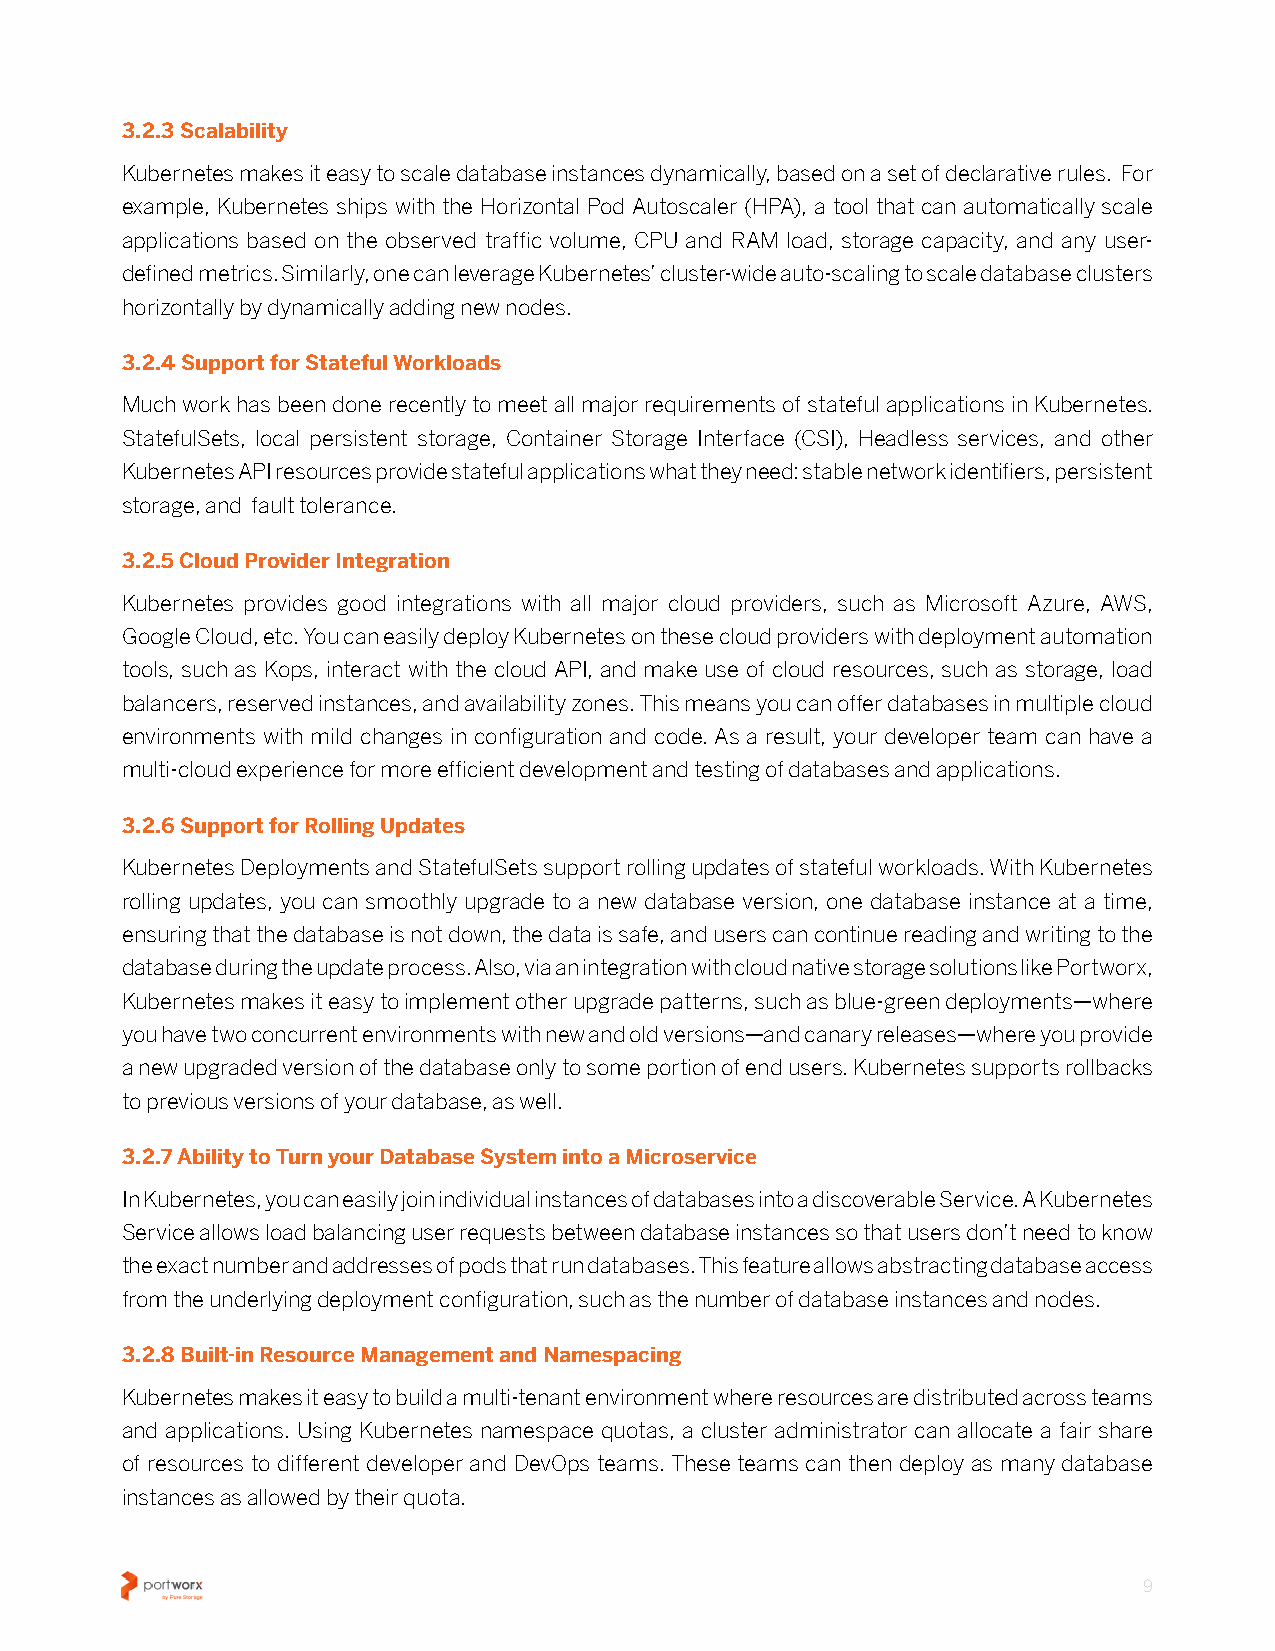
3.2.3 Scalability
 Kubernetes makes it easy to scale database instances dynamically, based on a set of declarative rules� For
 example, Kubernetes ships with the Horizontal Pod Autoscaler (HPA), a tool that can automatically scale
 applications based on the observed traffic volume, CPU and RAM load, storage capacity, and any user-
 defined metrics� Similarly, one can leverage Kubernetes’ cluster-wide auto-scaling to scale database clusters
 horizontally by dynamically adding new nodes�
 3.2.4 Support for Stateful Workloads
 Much work has been done recently to meet all major requirements of stateful applications in Kubernetes�
 StatefulSets, local persistent storage, Container Storage Interface (CSI), Headless services, and other
 Kubernetes API resources provide stateful applications what they need: stable network identifiers, persistent
 storage, and fault tolerance�
 3.2.5 Cloud Provider Integration
 Kubernetes provides good integrations with all major cloud providers, such as Microsoft Azure, AWS,
 Google Cloud, etc� You can easily deploy Kubernetes on these cloud providers with deployment automation
 tools, such as Kops, interact with the cloud API, and make use of cloud resources, such as storage, load
 balancers, reserved instances, and availability zones� This means you can offer databases in multiple cloud
 environments with mild changes in configuration and code� As a result, your developer team can have a
 multi-cloud experience for more efficient development and testing of databases and applications�
 3.2.6 Support for Rolling Updates
 Kubernetes Deployments and StatefulSets support rolling updates of stateful workloads� With Kubernetes
 rolling updates, you can smoothly upgrade to a new database version, one database instance at a time,
 ensuring that the database is not down, the data is safe, and users can continue reading and writing to the
 database during the update process� Also, via an integration with cloud native storage solutions like Portworx,
 Kubernetes makes it easy to implement other upgrade patterns, such as blue-green deployments—where
 you have two concurrent environments with new and old versions—and canary releases—where you provide
 a new upgraded version of the database only to some portion of end users� Kubernetes supports rollbacks
 to previous versions of your database, as well�
 3.2.7 Ability to Turn your Database System into a Microservice
 In Kubernetes, you can easily join individual instances of databases into a discoverable Service� A Kubernetes
 Service allows load balancing user requests between database instances so that users don’t need to know
 the exact number and addresses of pods that run databases� This feature allows abstracting database access
 from the underlying deployment configuration, such as the number of database instances and nodes�
 3.2.8 Built-in Resource Management and Namespacing
 Kubernetes makes it easy to build a multi-tenant environment where resources are distributed across teams
 and applications� Using Kubernetes namespace quotas, a cluster administrator can allocate a fair share
 of resources to different developer and DevOps teams� These teams can then deploy as many database
 instances as allowed by their quota�
 9